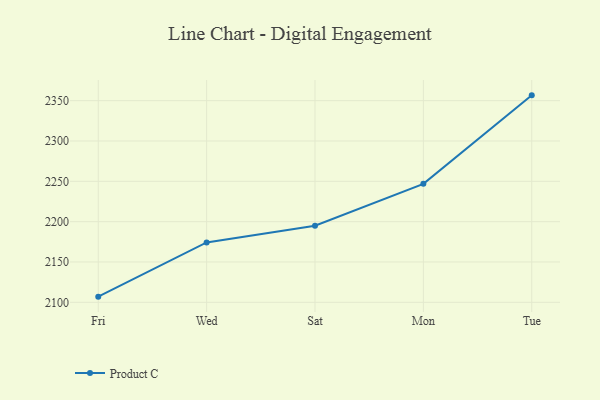
{"axis": {"x": "Day", "y": "Bounce Rate (%)"}, "legend": ["Product C"], "data": [{"x": "Fri", "y": 2107.0, "type": "Product C"}, {"x": "Wed", "y": 2174.2, "type": "Product C"}, {"x": "Sat", "y": 2194.9, "type": "Product C"}, {"x": "Mon", "y": 2246.9, "type": "Product C"}, {"x": "Tue", "y": 2356.6, "type": "Product C"}]}